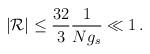
LaTeX: \begin{align*} \vert {\cal R} \vert \le \frac{32}{3} \frac{1}{N g_s} \ll 1\,.\end{align*}